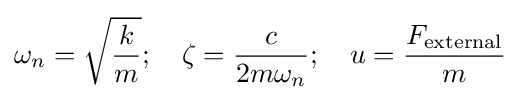
\omega _{n}={\sqrt {\frac {k}{m}}};\quad \zeta ={\frac {c}{2m\omega _{n}}};\quad u={\frac {F_{\text{external}}}{m}}